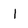
Character: I